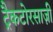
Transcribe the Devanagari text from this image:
ट्रैकटोरसाज़ी